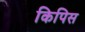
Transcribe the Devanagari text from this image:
किपिस